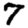
Digit: 7